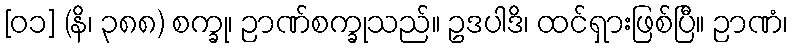
[၀၁] (နိ၊ ၃၈၈) စက္ခု၊ ဉာဏ်စက္ခုသည်။ ဥဒပါဒိ၊ ထင်ရှားဖြစ်ပြီ။ ဉာဏံ၊